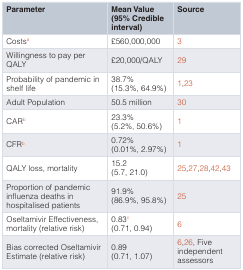
| Parameter | Mean Value(95% Credibleinterval) | Source |
 | --- | --- | --- |
 | Costsa | £560,000,000 | 3 |
 | Willingness to pay perQALY | £20,000/QALY | 29 |
 | Probability of pandemic inshelf life | 38.7%(15.3%, 64.9%) | 1,23 |
 | Adult Population | 50.5 million | 30 |
 | CARb | 23.3%(5.2%, 50.6%) | 1 |
 | CFRb | 0.72%(0.01%, 2.97%) | 1 |
 | QALY loss, mortality | 15.2(5.7, 21.0) | 25,27,28,42,43 |
 | Proportion of pandemicinfluenza deaths inhospitalised patients | 91.9%(86.9%, 95.8%) | 25 |
 | Oseltamivir Effectiveness,mortality (relative risk) | 0.83c(0.71, 0.94) | 6 |
 | Bias corrected OseltamivirEstimate (relative risk) | 0.89(0.71, 1.07) | 6,26, Fiveindependentassessors |